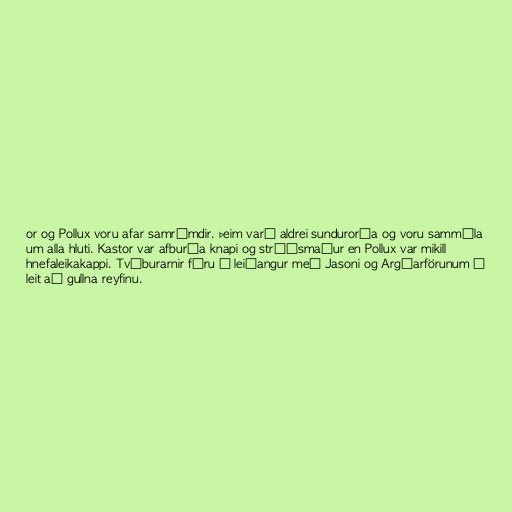
or og Pollux voru afar samrýmdir. Þeim varð aldrei sundurorða og voru sammála
um alla hluti. Kastor var afburða knapi og stríðsmaður en Pollux var mikill
hnefaleikakappi. Tvíburarnir fóru í leiðangur með Jasoni og Argóarförunum í
leit að gullna reyfinu.